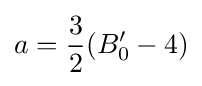
a={\frac {3}{2}}(B_{0}'-4)